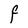
Character: F